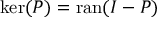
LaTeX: \ker ( P ) = \operatorname { r a n } ( I - P )